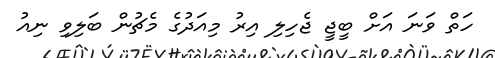
ހަތް ވަނަ އަށް ބީޖީ ޖެހިލި އިރު މިއަދުގެ މެޗުން ބަލިވި ނިއު